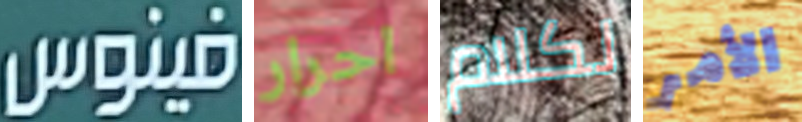
فينوس احرار لكلام الأمر